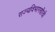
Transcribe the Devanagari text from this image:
राज्यविभागणीची